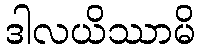
ဒါလယိဿာမိ